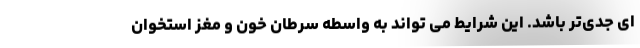
ای جدی‌تر باشد. این شرایط می تواند به واسطه سرطان خون و مغز استخوان